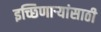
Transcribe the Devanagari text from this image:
इच्छिणाऱ्यांसाठी